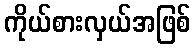
ကိုယ်စားလှယ်အဖြစ်